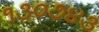
૧૩૦૭૪૩